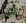
كان